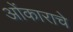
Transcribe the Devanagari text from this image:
ओंकाराचे